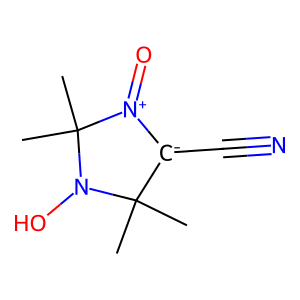
SMILES: CC1(C)[C-](C#N)[N+](=O)C(C)(C)N1O
Inhibits HIV replication: No